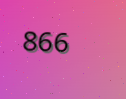
866